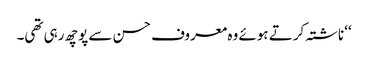
‘‘ ناشتہ کرتے ہوئے وہ معروف حسن سے پوچھ رہی تھی۔